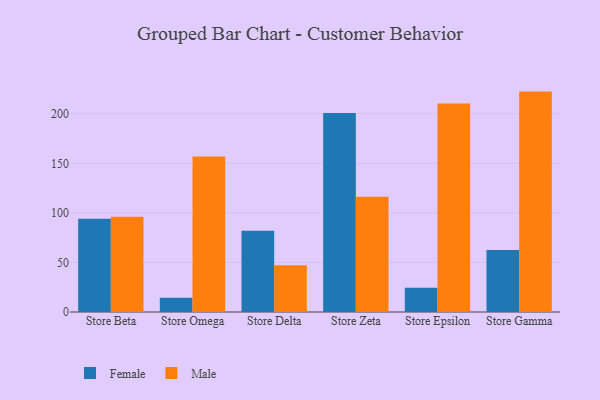
{"axis": {"x": "Store", "y": "Energy Usage (MWh)"}, "legend": ["Female", "Male"], "data": [{"x": "Store Beta", "y": 94.1, "type": "Female"}, {"x": "Store Beta", "y": 96.0, "type": "Male"}, {"x": "Store Omega", "y": 14.3, "type": "Female"}, {"x": "Store Omega", "y": 156.9, "type": "Male"}, {"x": "Store Delta", "y": 82.1, "type": "Female"}, {"x": "Store Delta", "y": 47.3, "type": "Male"}, {"x": "Store Zeta", "y": 200.7, "type": "Female"}, {"x": "Store Zeta", "y": 116.4, "type": "Male"}, {"x": "Store Epsilon", "y": 24.4, "type": "Female"}, {"x": "Store Epsilon", "y": 210.3, "type": "Male"}, {"x": "Store Gamma", "y": 62.6, "type": "Female"}, {"x": "Store Gamma", "y": 222.4, "type": "Male"}]}